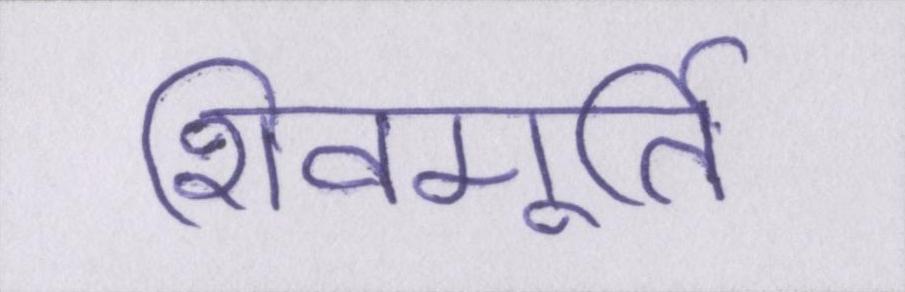
शिवमूर्ति